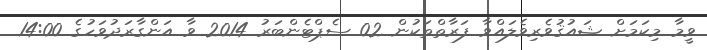
ވީމާ މިކަމަށް ޝައުޤުވެރިވެލައްވާ ފަރާތްތަކުން 02 ސެޕްޓެންބަރު 2014 ވާ އަންގާރަދުވަހުގެ 14:00